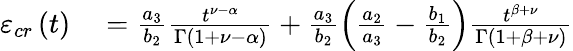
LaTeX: \begin{array}{rl}{\varepsilon_{cr}\left(t\right)}&{{}=\frac{a_{3}}{b_{2}}\frac{t^{\nu-\alpha}}{\Gamma\left(1+\nu-\alpha\right)}+\frac{a_{3}}{b_{2}}\left(\frac{a_{2}}{a_{3}}-\frac{b_{1}}{b_{2}}\right)\frac{t^{\beta+\nu}}{\Gamma\left(1+\beta+\nu\right)}}\end{array}